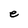
Character: e